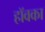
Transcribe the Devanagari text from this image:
हॉवका